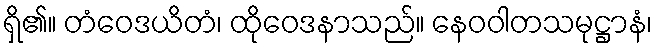
ရှိ၏။ တံဝေဒယိတံ၊ ထိုဝေဒနာသည်။ နေဝဝါတသမုဋ္ဌာနံ၊